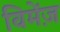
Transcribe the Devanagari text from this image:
विमेंज़